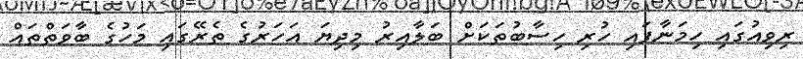
ރިވިއުގައި ހިމަނާފައި ހުރި ހިސާބުތަކަށް ބަލާއިރު މިދިޔަ އަހަރުގެ ތެރޭގައި މަހުގެ ބާވަތްތައް